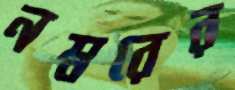
নম্বরের